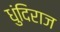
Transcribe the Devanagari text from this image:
धुंदिराज